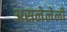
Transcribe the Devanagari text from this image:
असलेलेली